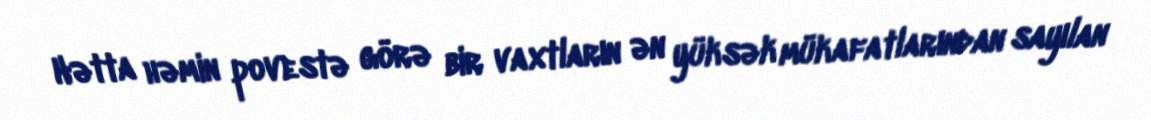
Hətta həmin povestə görə bir vaxtların ən yüksək mükafatlarından sayılan